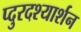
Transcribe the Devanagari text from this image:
प्दुरदश्यार्शन